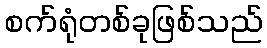
စက်ရုံတစ်ခုဖြစ်သည်